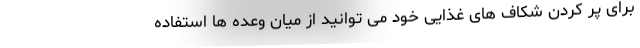
برای پر کردن شکاف های غذایی خود می توانید از میان وعده ها استفاده